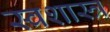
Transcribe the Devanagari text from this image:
स्वशास्त्र